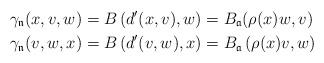
LaTeX: \begin{align*}\gamma_{\mathfrak n}(x,v,w)&=B\left(d'(x,v),w \right)=B_{\mathfrak a}(\rho(x)w,v)\\\gamma_{\mathfrak n}(v,w,x)&=B\left(d'(v,w),x \right)=B_{\mathfrak a}\left(\rho(x)v,w \right)\end{align*}